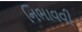
નિભાવવી